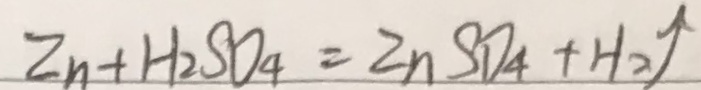
Z n + H _ { 2 } S O _ { 4 } = Z n S O _ { 4 } + H _ { 2 } \uparrow